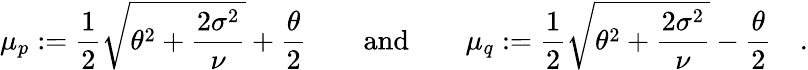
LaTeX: \mu_{p}:={\frac{1}{2}}{\sqrt{\theta^{2}+{\frac{2\sigma^{2}}{\nu}}}}+{\frac{\theta}{2}}\quad\quad{\mathrm{and}}\quad\quad\mu_{q}:={\frac{1}{2}}{\sqrt{\theta^{2}+{\frac{2\sigma^{2}}{\nu}}}}-{\frac{\theta}{2}}\quad.